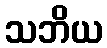
သဘိယ